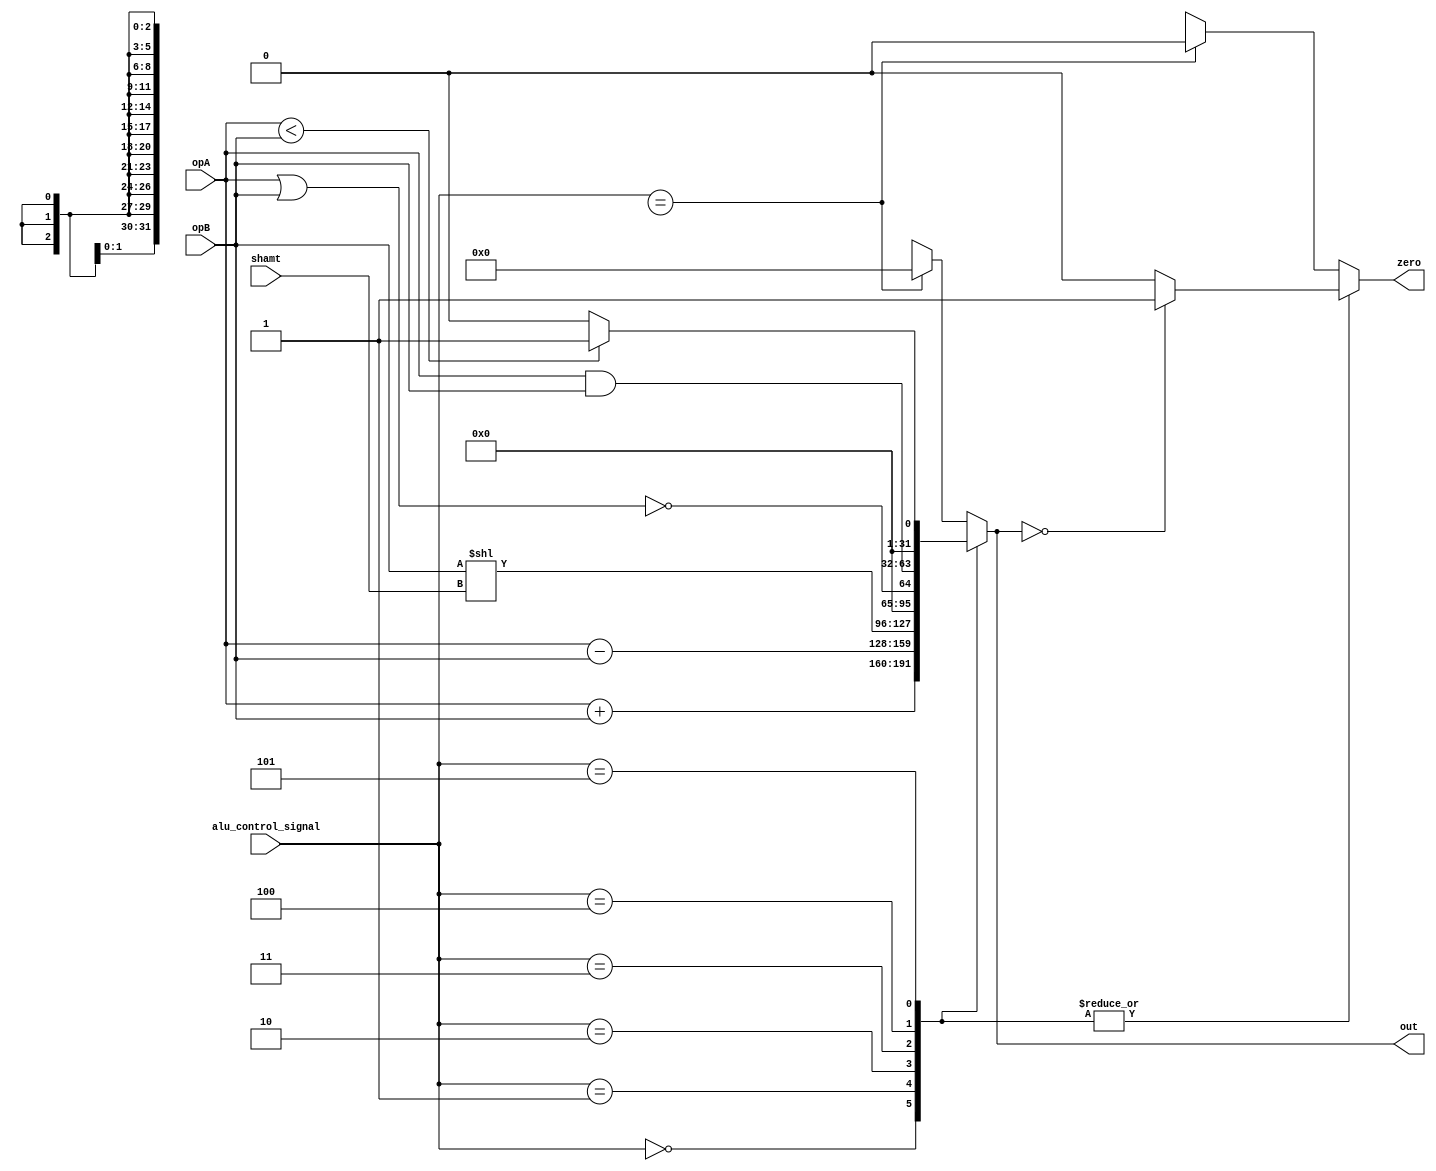
module ALU (opA , opB ,shamt,alu_control_signal , out ,zero );
input [31:0] opA;
input [31:0] opB;
input [4:0] shamt;
input [2:0] alu_control_signal;
output reg [31:0] out;
output reg zero;
reg carry;
parameter ADD 	= 3'b000;
parameter SUB 	= 3'b001;
parameter SLL 	= 3'b010;
parameter NOR  	= 3'b011;
parameter AND  	= 3'b100;
parameter SLT  	= 3'b101;
parameter dontcare = 3'bxxx;
always @(*)
begin
case(alu_control_signal)
	ADD: begin 
			{carry,out}<=  opA + opB ;
			zero<= ( out == 0 ) ? 1 : 0;
		end
	SUB: begin 
			out <= opA - opB;
			zero<= ( out == 0 ) ? 1 : 0;
		end	
	SLL : begin 
			out<= opB <<shamt;
			zero<= ( out == 0 ) ? 1 : 0;
		 end
	NOR  :
		begin
			out <= !(opA | opB ) ;
			zero<= ( out == 0 ) ? 1 : 0;

		end
	AND :begin 
			out <=  opA & opB ;
			zero<= ( out == 0 ) ? 1 : 0;
		end
		
	SLT :
			begin 			
				out <=  (opA<opB)? 1 : 0 ;
				zero <= ( out == 0 ) ? 1 : 0;
			end
	dontcare : 
				begin
				 out <= 0 ;
					zero <= 0 ;
				end
	endcase
end
endmodule